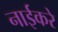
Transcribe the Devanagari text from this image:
नाईकरे